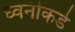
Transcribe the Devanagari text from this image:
ध्वनीकडे